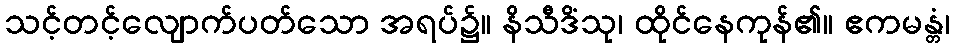
သင့်တင့်လျောက်ပတ်သော အရပ်၌။ နိသီဒိံသု၊ ထိုင်နေကုန်၏။ ဧကမန္တံ၊